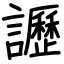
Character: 讈